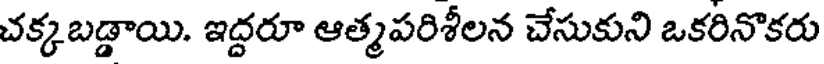
చక్కబడ్డాయి. ఇద్దరూ ఆత్మపరిశీలన చేసుకుని ఒకరినొకరు